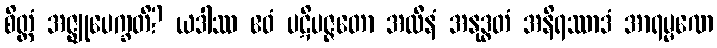
စိတ္တံ အဇ္ဈုပေက္ခတိ? ယဒါဿ ဧဝံ ပဋိပဇ္ဇတော အလီနံ အနုဒ္ဓတံ အနိရဿာဒံ အာရမ္မဏေ